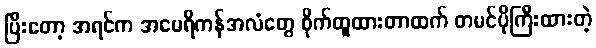
ပြီးတော့ အရင်က အမေရိကန်အလံတွေ စိုက်ထူထားတာထက် တမင်ပိုကြီးထားတဲ့